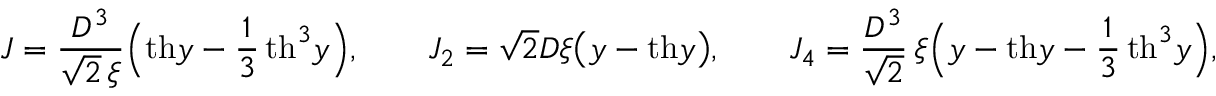
\begin{array} { l } { \displaystyle { J = \frac { D ^ { 3 } } { \sqrt { 2 } \, \xi } \Big ( \mathrm { t h } y - \frac { 1 } { 3 } \, \mathrm { t h } ^ { 3 } y \Big ) , \qquad J _ { 2 } = \sqrt { 2 } D \xi \big ( y - \mathrm { t h } y \big ) , \qquad J _ { 4 } = \frac { D ^ { 3 } } { \sqrt { 2 } } \, \xi \Big ( y - \mathrm { t h } y - \frac { 1 } { 3 } \, \mathrm { t h } ^ { 3 } y \Big ) , } } \end{array}